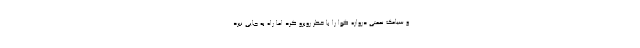
و سیامک نعمتی دروازه گوا را با خطر روبرو کرد اما راه به جایی نبرد.